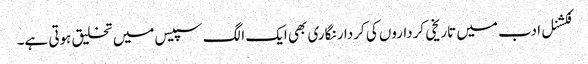
فکشنل ادب میں تاریخی کرداروں کی کردار نگاری بھی ایک الگ سپیس میں تخلیق ہوتی ہے۔